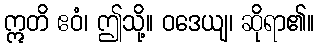
ဣတိ ဧဝံ၊ ဤသို့။ ဝဒေယျ၊ ဆိုရာ၏။